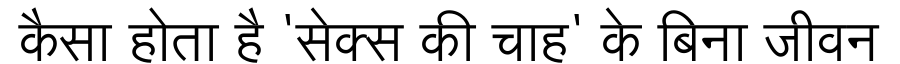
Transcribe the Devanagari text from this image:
कैसा होता है 'सेक्स की चाह' के बिना जीवन